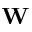
\mathbf { W }